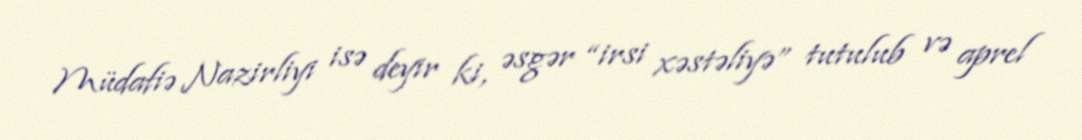
Müdafiə Nazirliyi isə deyir ki, əsgər “irsi xəstəliyə” tutulub və aprel